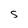
Character: S